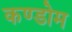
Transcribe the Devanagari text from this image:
कण्डोम